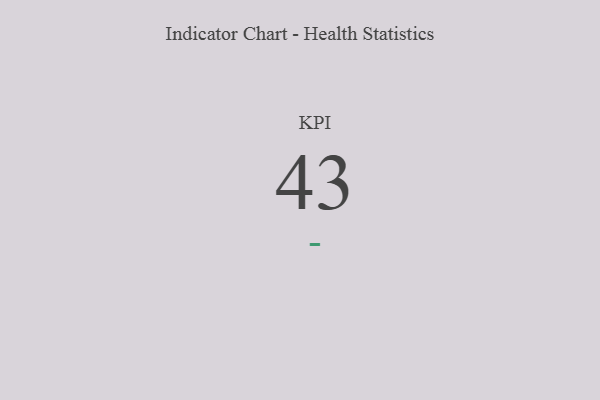
{"axis": {"x": "KPI", "y": "Value"}, "legend": [""], "data": [{"x": "KPI", "y": 43, "type": ""}]}